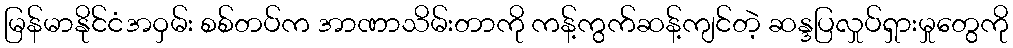
မြန်မာနိုင်ငံအဝှမ်း စစ်တပ်က အာဏာသိမ်းတာကို ကန့်ကွက်ဆန့်ကျင်တဲ့ ဆန္ဒပြလှုပ်ရှားမှုတွေကို